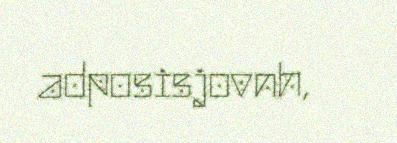
adposisjovnh,